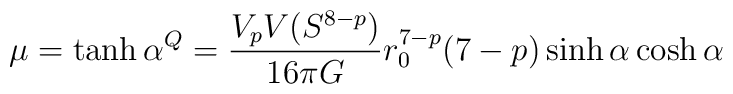
\mu = \tanh \alpha  \sp Q = \frac{V_pV(S^{8-p})}{16\pi G} r_0^{7-p} (7-p) \sinh \alpha  \cosh \alpha